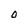
Character: O